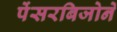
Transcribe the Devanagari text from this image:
पेंसरबिजोर्ने